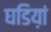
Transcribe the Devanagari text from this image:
घडिय़ां